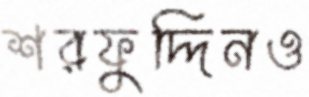
শরফুদ্দিনও